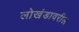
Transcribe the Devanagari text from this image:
लोखंडावरील